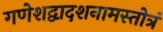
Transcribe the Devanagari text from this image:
गणेशद्वादशनामस्तोत्रं